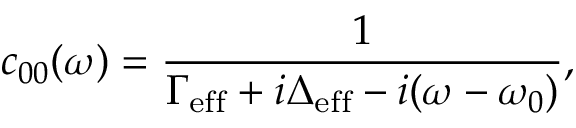
c _ { 0 0 } ( \omega ) = \frac { 1 } { \Gamma _ { \mathrm { e f f } } + i \Delta _ { \mathrm { e f f } } - i ( \omega - \omega _ { 0 } ) } ,